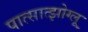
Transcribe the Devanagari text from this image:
पात्सात्झोग्लू